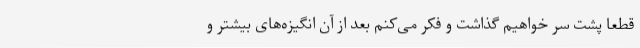
قطعا پشت سر خواهیم گذاشت و فکر می‌کنم بعد از آن انگیزه‌های بیشتر و